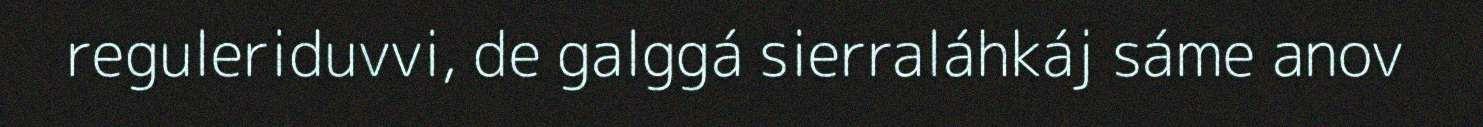
reguleriduvvi, de galggá sierraláhkáj sáme anov